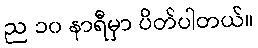
ည ၁၀ နာရီမှာ ပိတ်ပါတယ်။